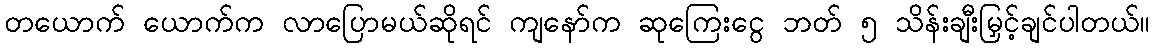
တယောက် ယောက်က လာပြောမယ်ဆိုရင် ကျနော်က ဆုကြေးငွေ ဘတ် ၅ သိန်းချီးမြှင့်ချင်ပါတယ်။